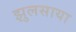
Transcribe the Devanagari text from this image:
झुलसाया